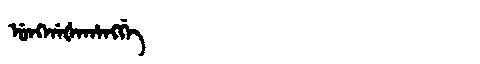
Manchu: ᡠᠩᡤᠠᡧᠠᡥᠠᠩᡤᡝ
Romanization: UNGGAŠAHANGGE